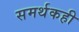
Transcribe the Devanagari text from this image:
समर्थकही